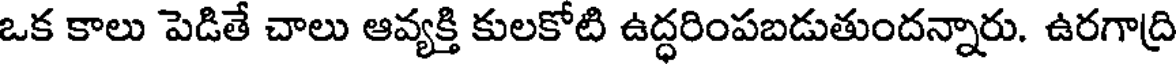
ఒక కాలు పెడితే చాలు ఆవ్యక్తి కులకోటి ఉద్ధరింపబడుతుందన్నారు. ఉరగాద్రి